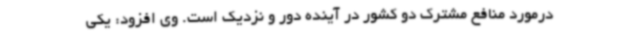
درمورد منافع مشترک دو کشور در آینده دور و نزدیک است. وی افزود: یکی